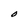
Character: O